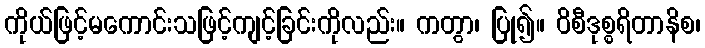
ကိုယ်ဖြင့်မကောင်းသဖြင့်ကျင့်ခြင်းကိုလည်း။ ကတွာ၊ ပြု၍။ ဝိစီဒုစ္စရိတာနိစ၊